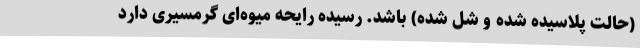
(حالت پلاسیده شده و شل شده) باشد. رسیده رایحه میوه‌ای گرمسیری دارد